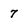
Character: 7